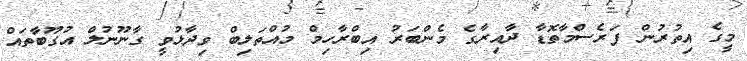
މީގެ އިތުރުން ފަރެސްމާތޮޑާ ދާއިރާގެ މެންބަރު އިބްރާހިމް މުއްތަލިބް ވިދާޅުވީ ގާނޫނުލް އުގޫބާތައް